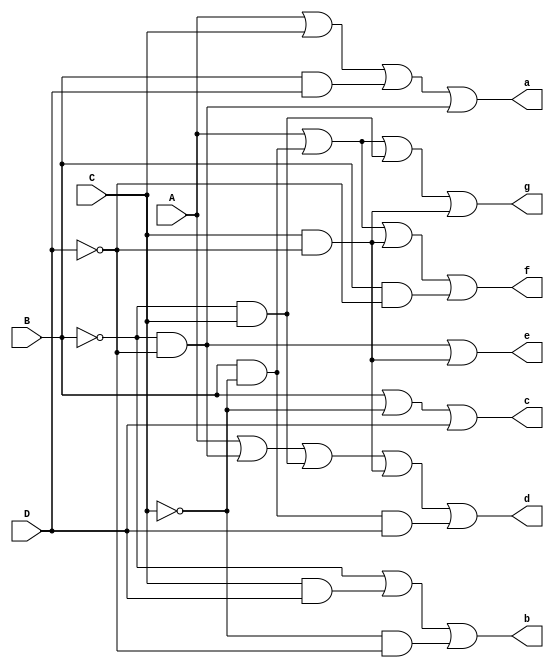
module Bcd_to_7segment( input A,B,C,D, output a,b,c,d,e,f,g);

assign a = A | C | (B&D) | ((~B)&(~D));
assign b = (~B)| (C&D) | ((~C)&(~D));
assign c = B | (~C) | (D);
assign d = A | ((~B)&(~D)) | ((~B)&C) | (C&(~D)) | (B&(~C)&D);
assign e = ((~B)&(~D)) | C&(~D) ;
assign f = A | B&(~C) | ((C)&(~D)) | (B&(~D));
assign g = A | B&(~C) | (~B)&C | (C&(~D));

endmodule